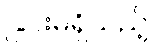
ခြင်းမရှိသည့်